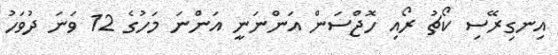
އިނގިރޭސި ކޯޗު ރޯއި ހޮޖްސަން އަންނަނީ އަންނަ މަހުގެ 12 ވަނަ ދުވަހު